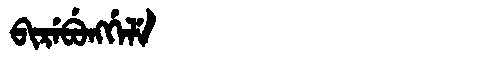
Manchu: ᠪᡳᡵᡝᠪᡠᠩᡤᡝᠯᡝ
Romanization: BIREBUNGGELE